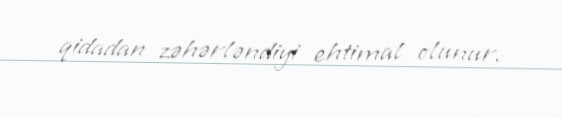
qidadan zəhərləndiyi ehtimal olunur.